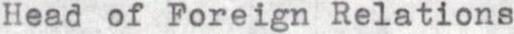
Head of Foreign Relations